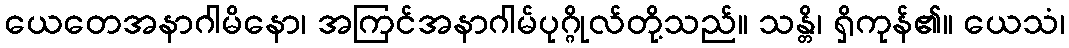
ယေတေအနာဂါမိနော၊ အကြင်အနာဂါမ်ပုဂ္ဂိုလ်တို့သည်။ သန္တိ၊ ရှိကုန်၏။ ယေသံ၊